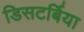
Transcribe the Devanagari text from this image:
डिसटर्बिया